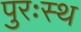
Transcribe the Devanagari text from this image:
पुरःस्थ